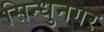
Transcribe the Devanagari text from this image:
सिन्धुनगर